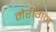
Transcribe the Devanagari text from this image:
मेरीगंज